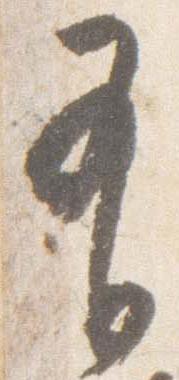
有